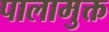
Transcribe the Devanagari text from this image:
पालामुक्त